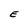
Character: E